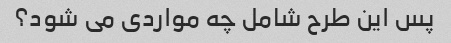
پس این طرح شامل چه مواردی می شود؟